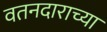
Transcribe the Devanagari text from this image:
वतनदाराच्या